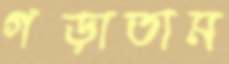
গড়াতাম